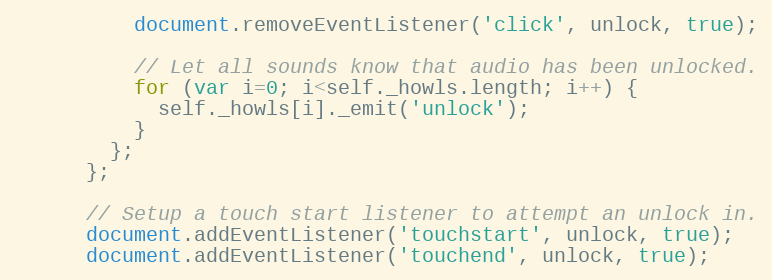
Language: JavaScript
          document.removeEventListener('click', unlock, true);

          // Let all sounds know that audio has been unlocked.
          for (var i=0; i<self._howls.length; i++) {
            self._howls[i]._emit('unlock');
          }
        };
      };

      // Setup a touch start listener to attempt an unlock in.
      document.addEventListener('touchstart', unlock, true);
      document.addEventListener('touchend', unlock, true);